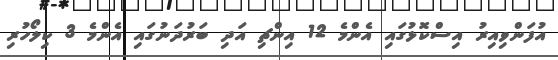
އުފަންވިއިރު އިސްކޮޅުގައި އެންމެ 12 އިންޗި އަދި ބަރުދަނުގައި އެންމެ 3 ކިލޯހުރި